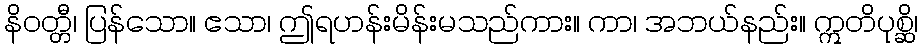
နိဝတ္တီ၊ ပြန်သော။ ဧသာ၊ ဤရဟန်းမိန်းမသည်ကား။ ကာ၊ အဘယ်နည်း။ ဣတိပုစ္ဆိ၊